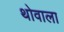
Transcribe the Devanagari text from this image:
थोवाला